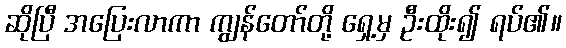
ဆိုပြီ အပြေးလာကာ ကျွန်တော်တို့ ရှေ့မှ ဦးထိုး၍ ရပ်၏။